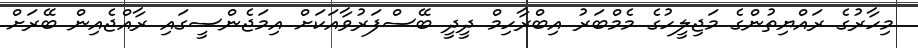
މިހާރުގެ ރައްޔިތުންގެ މަޖިލީހުގެ މެމްބަރު އިބްރާހިމް ދީދީ ބޭސްފަރުވާއަކަށް އިމަޖެންސީގައި ރާއްޖެއިން ބޭރަށް